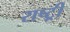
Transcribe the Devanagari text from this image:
राष्ट्र्री